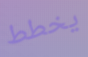
يخطط